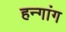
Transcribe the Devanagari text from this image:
हन्गांग